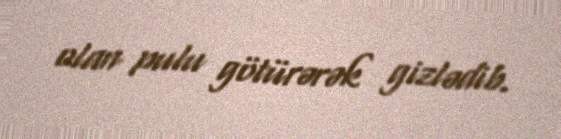
olan pulu götürərək gizlədib.